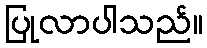
ပြုလာပါသည်။